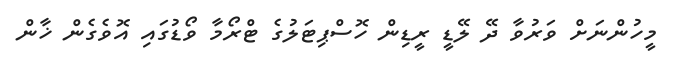
މީހުންނަށް ވަރުވާ ދޭ ލޭޑީ ރީޑިން ހޮސްޕިޓަލުގެ ޓްރޯމާ ވޯޑުގައި އޮވެގެން ޚާން